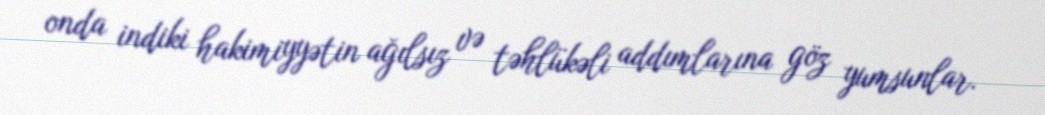
onda indiki hakimiyyətin ağılsız və təhlükəli addımlarına göz yumsunlar.